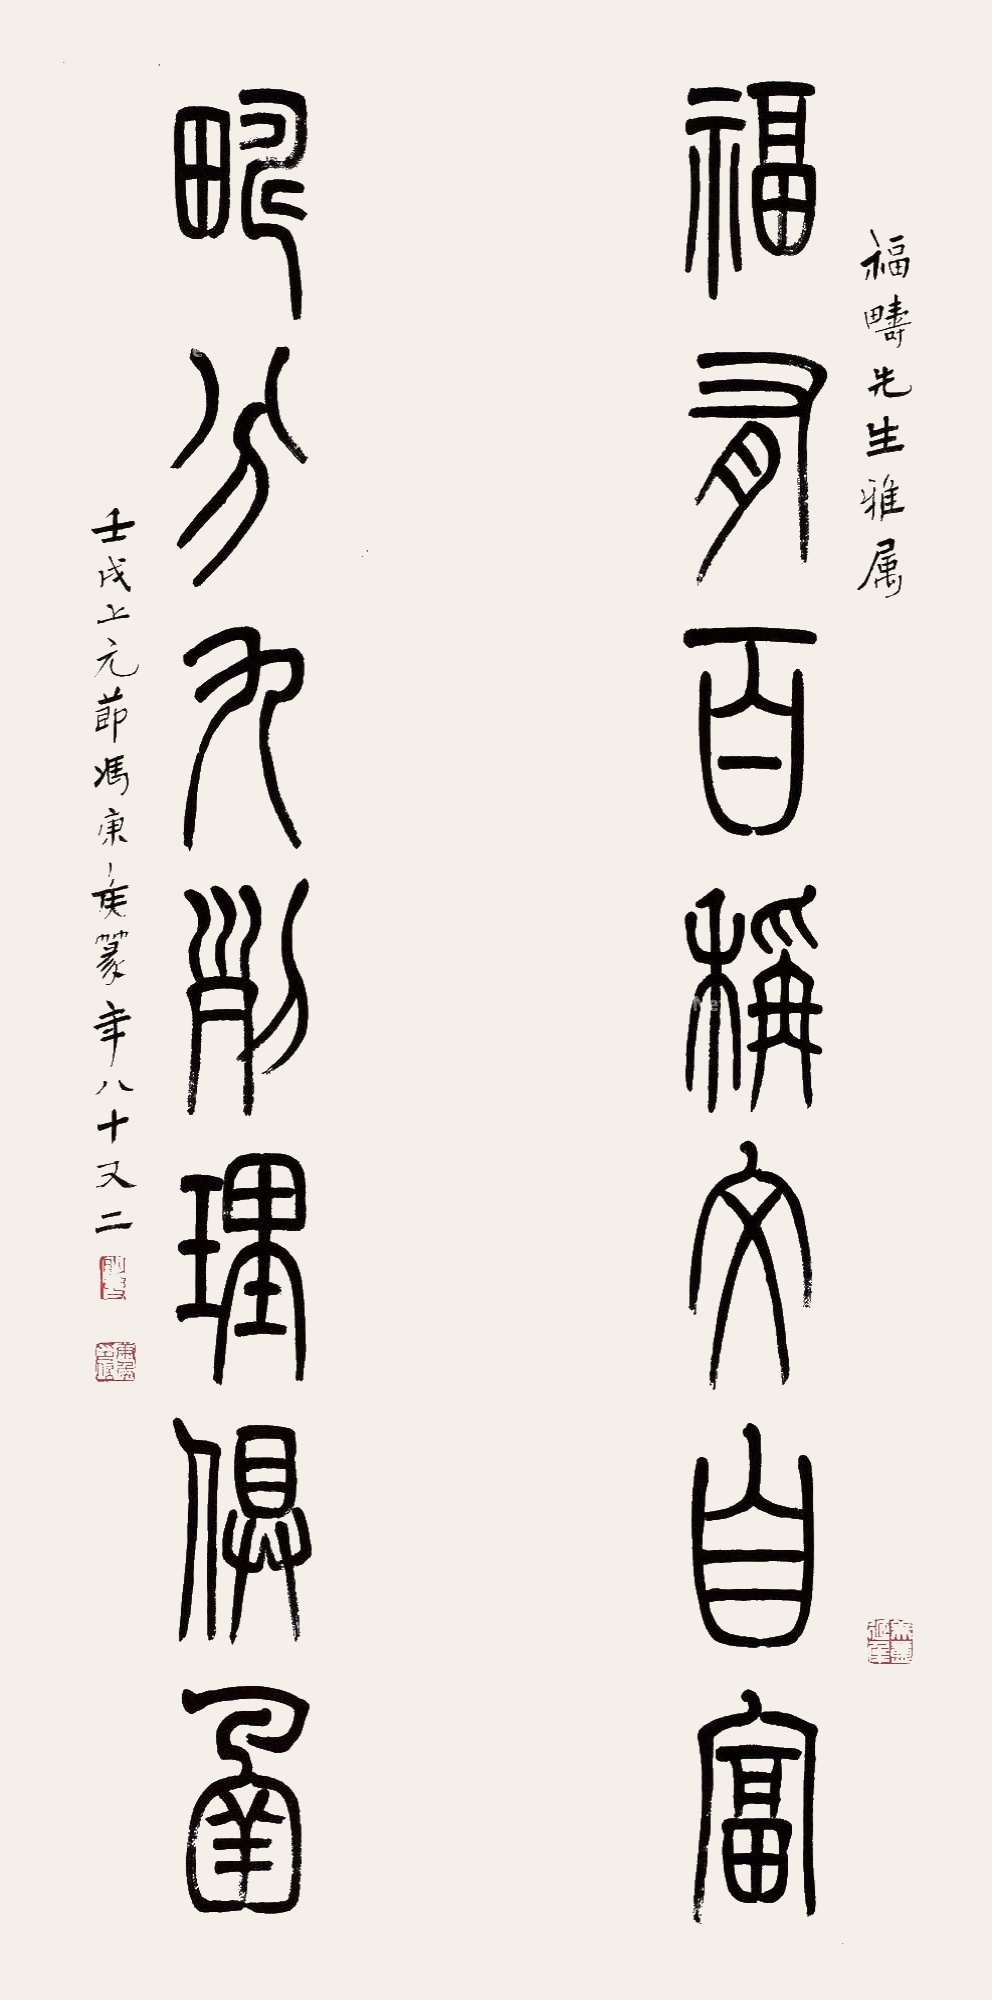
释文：福有百称文自富，畴分九列理俱函。福畴先生雅属，壬戌上元节冯康侯篆，年八十又二。